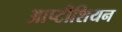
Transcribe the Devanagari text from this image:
आप्टीशियन